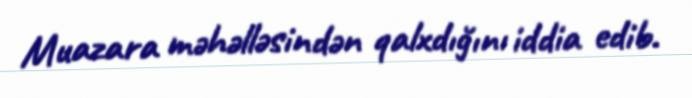
Muazara məhəlləsindən qalxdığını iddia edib.